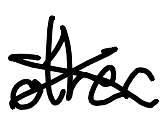
Text: other
Cross-out: cross
Writing tool: digital_black